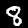
Label: 8